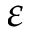
\varepsilon